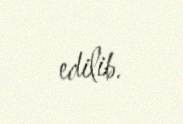
edilib.